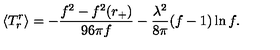
\langle T _ { r } ^ { r } \rangle = - { \frac { f ^ { 2 } - f ^ { 2 } ( r _ { + } ) } { 9 6 \pi f } } - { \frac { \lambda ^ { 2 } } { 8 \pi } } ( f - 1 ) \ln f .